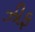
ઝીફ